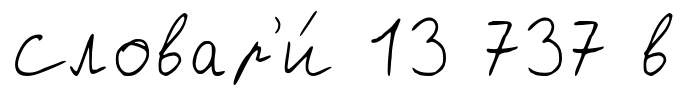
Словар'и́ 13 737 в